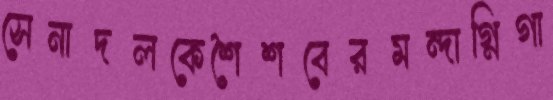
সেনাদলকেশৈশবেরমন্দাগ্নিগা